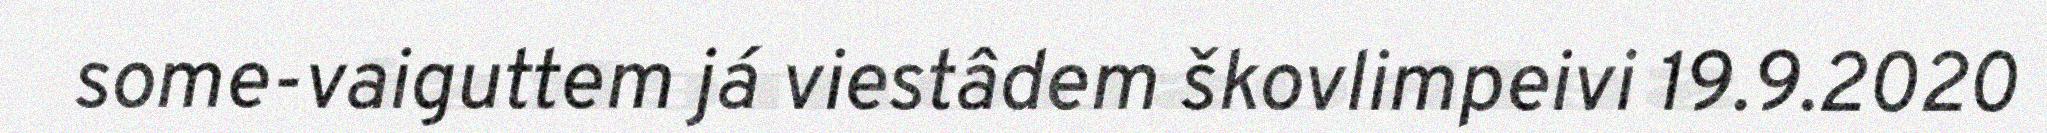
some-vaiguttem já viestâdem škovlimpeivi 19.9.2020